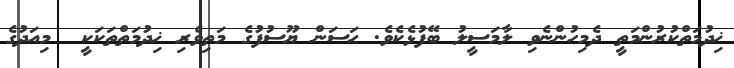
ޚިދުމަތްކުރުންމަތީ ދެމިހުންނެވި ލާމަސީލު ބޭފުޅެކެވެ. ޙަސަން ޔޫސުފުުގެ މަތިވެރި ޚިދުމަތްތަކަކީ  މިއަދުގެ